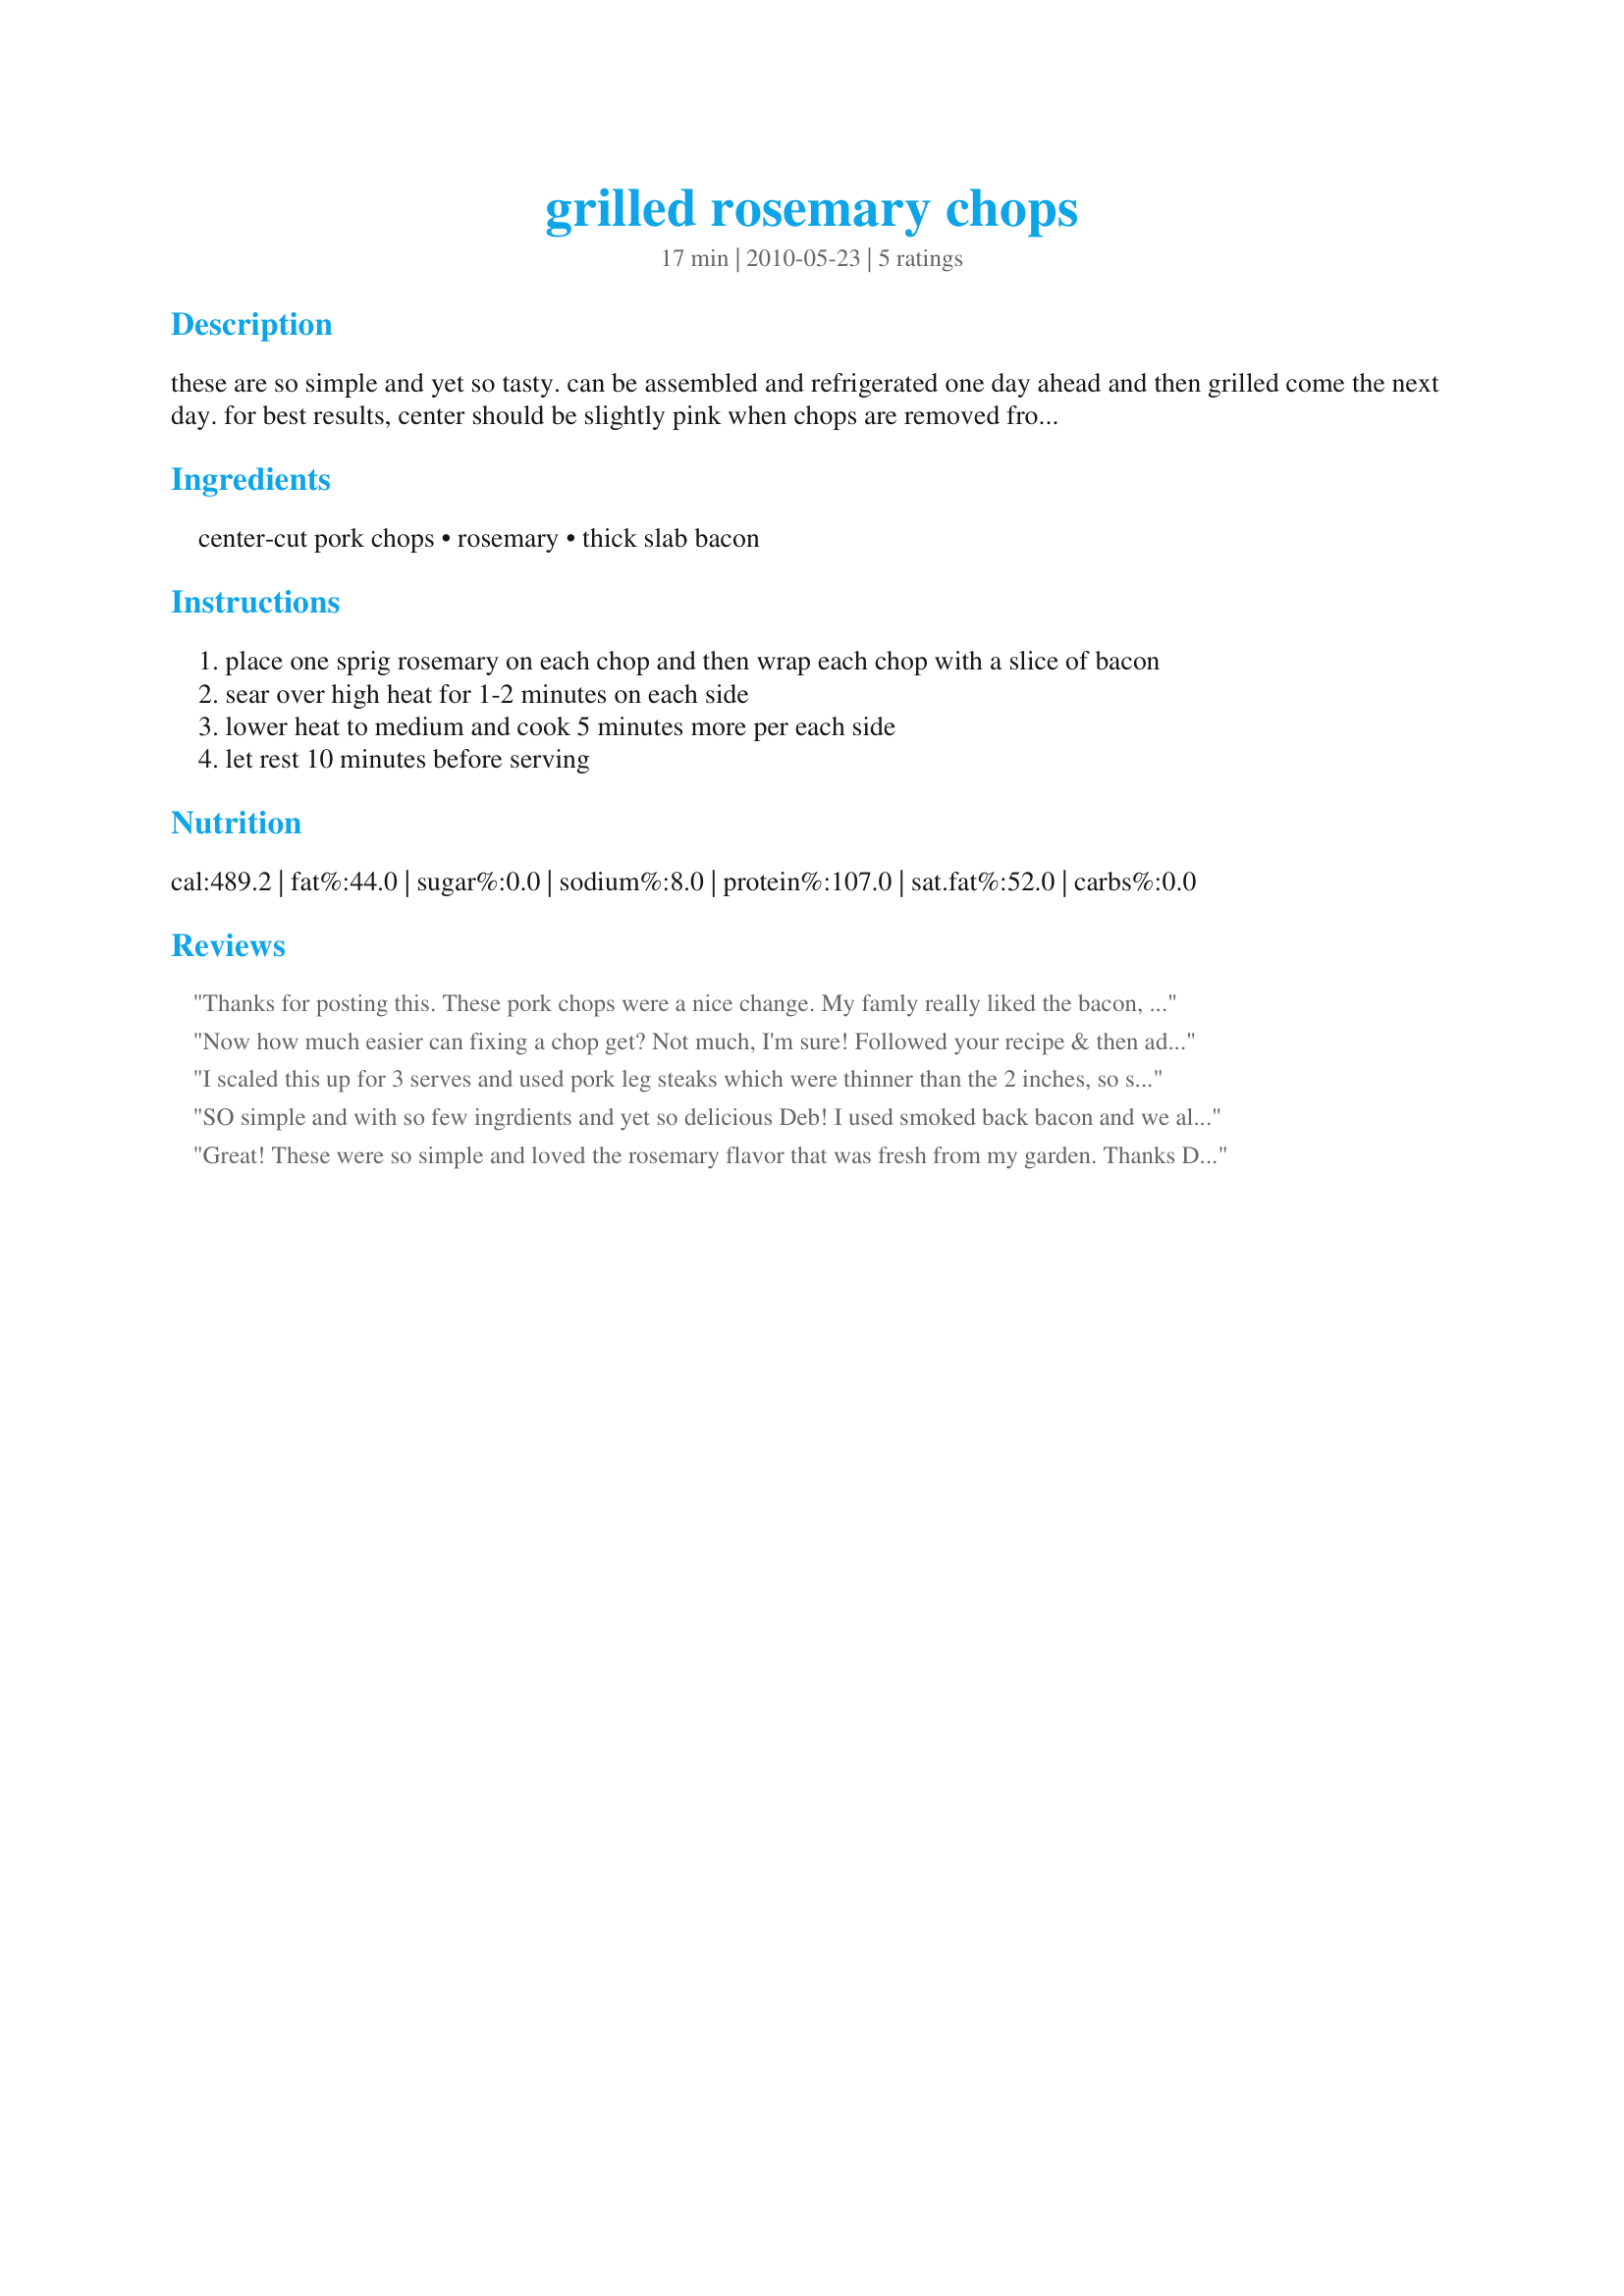
grilled rosemary chops
Preparation time: 17 minutes

these are so simple and yet so tasty. can be assembled and refrigerated one day ahead and then grilled come the next day. for best results, center should be slightly pink when chops are removed from grill. the rest time is a must to hold in both juice and flavor. cook time does not inclued rest time.

Ingredients:
center-cut pork chops, rosemary, thick slab bacon

Steps:
place one sprig rosemary on each chop and then wrap each chop with a slice of bacon
sear over high heat for 1-2 minutes on each side
lower heat to medium and cook 5 minutes more per each side
let rest 10 minutes before serving

Reviews:
Thanks for posting this. These pork chops were a nice change. My famly really liked the bacon, but the rosemary didn't go over as well :) With this recipe I had dinner on the table in no time.
Now how much easier can fixing a chop get? Not much, I'm sure! Followed your recipe & then added a very slight shake of lemon pepper to each chop! Loved the combo of meats & the seasoning & will certainly make these again! Thanks for sharing the recipe! [Tagged & made in Please Review My Recipe]
I scaled this up for 3 serves and used pork leg steaks which were thinner than the 2 inches, so seared either side and only cooked for about 2-3 minutes each side after that, the result crispy bacon and succulent pork steaks. Also the bacon I used is what we call middle cut (which has the the eye section and long tail), I wrapped this around the length of the steak. Must admit I was really surprised at how the DM really devoured hers as normally she rejects something likes this or at the best just nibble (though I did removed the rosemary sprig from hers before serving). I served on a bed of silverbeat/chard and mashed potato and recipe #427206 and it made for a delicious meal. Thank you Debbwl, made for Make My Recipe - Spring Edition (Downunder that is).
SO simple and with so few ingrdients and yet so delicious Deb! I used smoked back bacon and we all loved these for supper, served with salad and oven chips (fries). Many thanks for a keeper! (I have photos, have tried to post them, will try again!) FT:-)
Great! These were so simple and loved the rosemary flavor that was fresh from my garden. Thanks Deb for a simple and tasty meal. Made for Almost 5 Tag.
